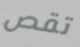
تقص